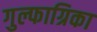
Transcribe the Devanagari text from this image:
गुल्फाग्रिका